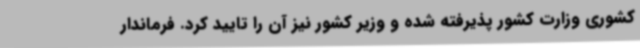
کشوری وزارت کشور پذیرفته شده و وزیر کشور نیز آن را تایید کرد. فرماندار